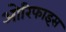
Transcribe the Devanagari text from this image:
ओरिफाइस